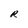
Character: R